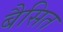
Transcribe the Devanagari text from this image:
बैसित